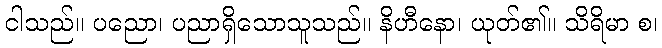
ငါသည်။ ပညော၊ ပညာရှိသောသူသည်။ နိဟီနော၊ ယုတ်၏။ သိရိမာ စ၊